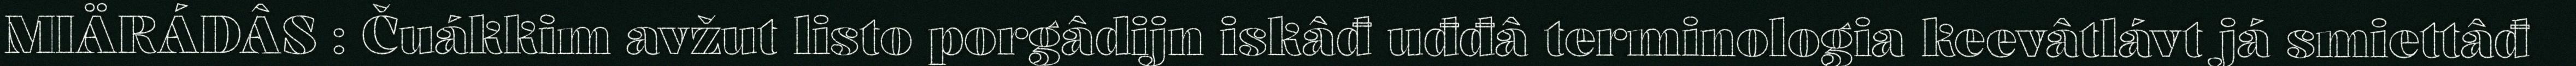
MIÄRÁDÂS : Čuákkim avžut listo porgâdijn iskâđ uđđâ terminologia keevâtlávt já smiettâđ